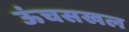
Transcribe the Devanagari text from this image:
ऊंचसखल